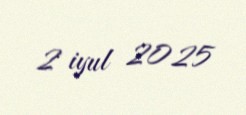
2 iyul 2025